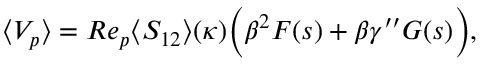
\begin{array} { r } { \langle V _ { p } \rangle = R e _ { p } \langle S _ { 1 2 } \rangle ( \kappa ) \Big ( \beta ^ { 2 } F ( s ) + \beta \gamma ^ { \prime \prime } G ( s ) \Big ) , } \end{array}